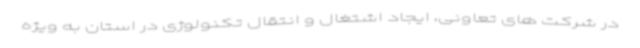
در شرکت های تعاونی، ایجاد اشتغال و انتقال تکنولوژی در استان به ویژه